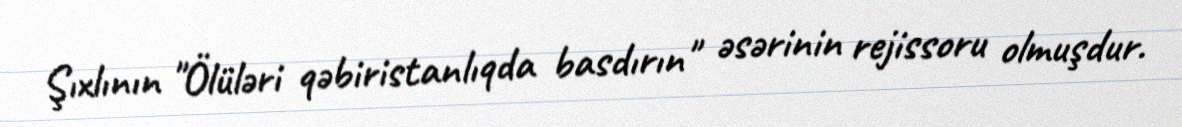
Şıxlının "Ölüləri qəbiristanlıqda basdırın" əsərinin rejissoru olmuşdur.